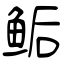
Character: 鲘